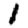
Digit: 1